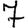
Digit: 7